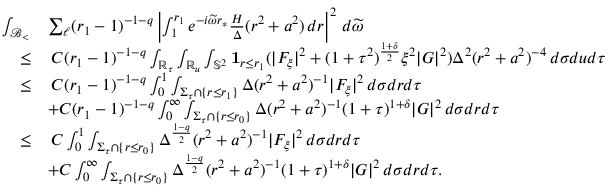
\begin{array} { r l } { \int _ { { \mathcal { B } _ { < } } } } & { \sum _ { \ell } ( r _ { 1 } - 1 ) ^ { - 1 - q } \left| \int _ { 1 } ^ { r _ { 1 } } e ^ { - i \widetilde { \omega } r _ { * } } \frac { H } { \Delta } ( r ^ { 2 } + a ^ { 2 } ) \, d r \right| ^ { 2 } \, d \widetilde { \omega } } \\ { \leq } & { \: C ( r _ { 1 } - 1 ) ^ { - 1 - q } \int _ { \mathbb { R } _ { \tau } } \int _ { \mathbb { R } _ { u } } \int _ { \mathbb { S } ^ { 2 } } \mathbf { 1 } _ { r \leq r _ { 1 } } ( | F _ { \xi } | ^ { 2 } + ( 1 + \tau ^ { 2 } ) ^ { \frac { 1 + \delta } { 2 } } \xi ^ { 2 } | G | ^ { 2 } ) \Delta ^ { 2 } ( r ^ { 2 } + a ^ { 2 } ) ^ { - 4 } \, d \sigma d u d \tau } \\ { \leq } & { \: C ( r _ { 1 } - 1 ) ^ { - 1 - q } \int _ { 0 } ^ { 1 } \int _ { \Sigma _ { \tau } \cap \{ r \leq r _ { 1 } \} } \Delta ( r ^ { 2 } + a ^ { 2 } ) ^ { - 1 } | F _ { \xi } | ^ { 2 } \, d \sigma d r d \tau } \\ & { + C ( r _ { 1 } - 1 ) ^ { - 1 - q } \int _ { 0 } ^ { \infty } \int _ { \Sigma _ { \tau } \cap \{ r \leq r _ { 0 } \} } \Delta ( r ^ { 2 } + a ^ { 2 } ) ^ { - 1 } ( 1 + \tau ) ^ { 1 + \delta } | G | ^ { 2 } \, d \sigma d r d \tau } \\ { \leq } & { \: C \int _ { 0 } ^ { 1 } \int _ { \Sigma _ { \tau } \cap \{ r \leq r _ { 0 } \} } \Delta ^ { \frac { 1 - q } { 2 } } ( r ^ { 2 } + a ^ { 2 } ) ^ { - 1 } | F _ { \xi } | ^ { 2 } \, d \sigma d r d \tau } \\ & { + C \int _ { 0 } ^ { \infty } \int _ { \Sigma _ { \tau } \cap \{ r \leq r _ { 0 } \} } \Delta ^ { \frac { 1 - q } { 2 } } ( r ^ { 2 } + a ^ { 2 } ) ^ { - 1 } ( 1 + \tau ) ^ { 1 + \delta } | G | ^ { 2 } \, d \sigma d r d \tau . } \end{array}